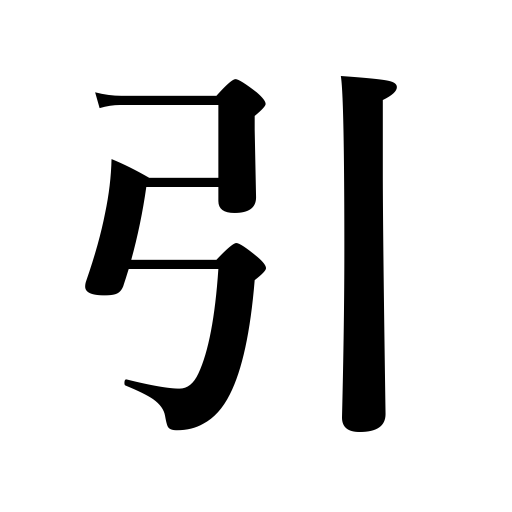
Meanings: withdraw,bend,look up words,draw,retreat,retire,admit,subtract,draw lines,refer to,jerk,install utilities,close,tug,trail,apply,daub on,choose,be over,pull,patronize,quote,slink away,haul,reduce,blunt a sword,draw a line,drag,can discount,catch a cold,subside,lead horses or captives,attract